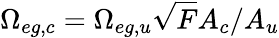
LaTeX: \Omega_{eg,c}=\Omega_{eg,u}\sqrt{F}A_{c}/A_{u}